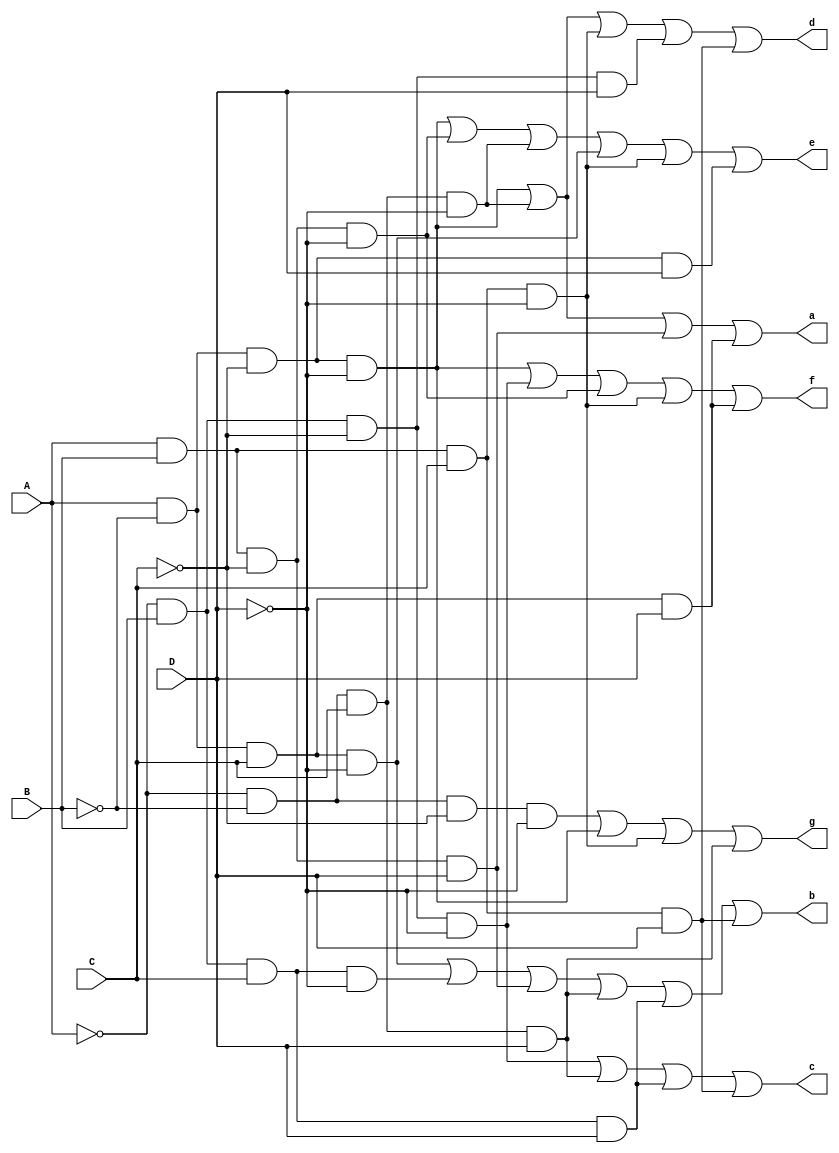

module bin7segSOP(
  input A,
  input B,
  input C,
  input D,

  output a,
  output b,
  output c,
  output d,
  output e,
  output f,
  output g
);

  assign a = (A & ~B & ~C & ~D) | (~A & ~B & C & ~D) | (A & B & ~C & D) | (A & ~B & C & D);
  assign b = (A & ~B & C & ~D) | (~A & B & C & ~D) | (A & B & ~C & D) | (~A & ~B & C & D) | (~A & B & C & D) | (A & B & C & D);
  assign c = (~A & B & ~C & ~D) | (~A & ~B & C & D) | (~A & B & C & D) | (A & B & C & D);
  assign d = (A & ~B & ~C & ~D) | (~A & ~B & C & ~D) | (A & B & C & ~D) | (~A & B & ~C & D) | (A & B & C & D);
  assign e = (A & ~B & ~C & ~D) | (A & B & ~C & ~D) | (~A & ~B & C & ~D) | (A & ~B & C & ~D) | (A & B & C & ~D) | (A & ~B & ~C & D);
  assign f = (A & ~B & ~C & ~D) | (~A & B & ~C & ~D) | (A & B & ~C & ~D) | (A & B & C & ~D) | (A & ~B & C & D);
  assign g = (~A & ~B & ~C & ~D) | (A & ~B & ~C & ~D) | (A & B & C & ~D) | (~A & ~B & C & D);

endmodule